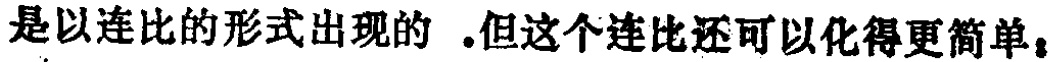
是以连比的形式出现的 .但这个连比还可以化得更简单。